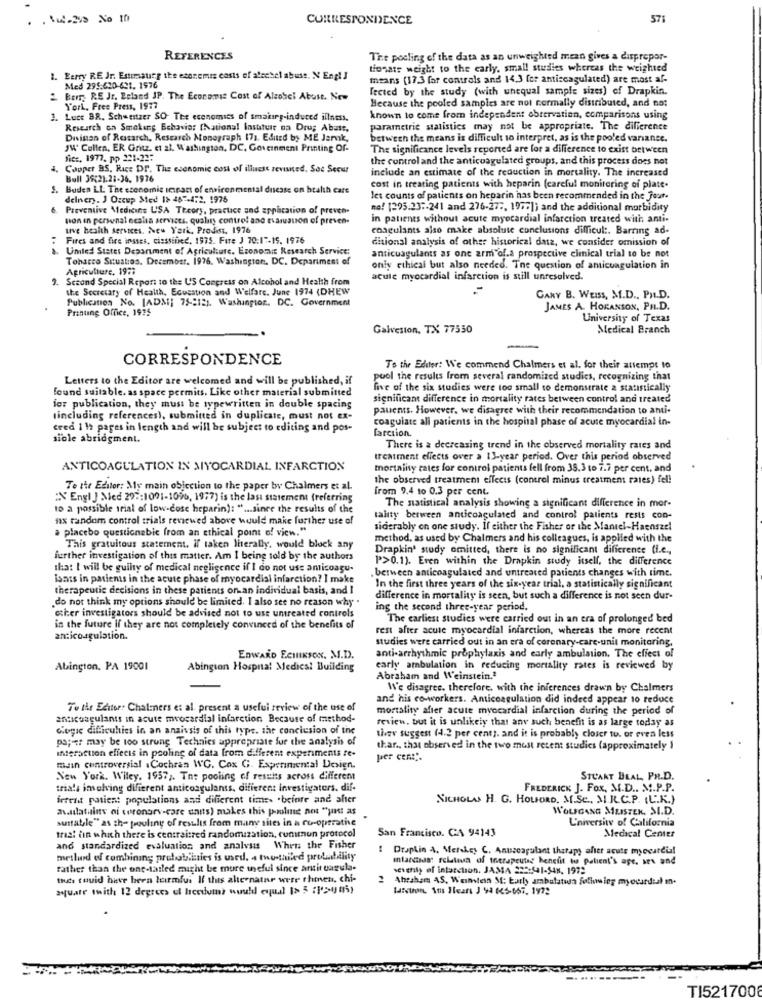
. &w-200 No 1h
CORRESPONDENCE
571
REFERENCES
The pooling of the data as an unweighted mean gives a dispropor-
tionats weight to the carly, small studies whereas the weighted
1. Berry RE Jr. Estimaurg the esoremis costs of atcebel abuse. N Engl J
means (17,3 far contrals and 14,3 for antiscagulated) are most af-
Med 295.620-621. 1976
fected by the study (with unequal sample sizes) of Drapkin.
2 Berry RE Jr. Beland JP. The Economist Cost of Alcohol Abuse. New
Because the pooled samples are not normally distributed, and not
York, Free Press, 1977
1. Luce BR. Schweitzer SO The economics of smaing-induced illness.
known to come from independent obrervation, comparisons using
Research on Smoking Behavior (National Insuture oa Dru; Abast,
parametrie statistics may not be appropriate. The difference
Disinan of Research, Research Monograph 171. Edited by ME Jamk,
between the means is difficult to interpret, as is the pooled variance.
JW' Cullen, ER Gritz. et al. Washington, DC, Government Printing Of-
The significance levels reported are for a difference to exist between
fict, 1972. po 221-22:
the control and the anticoagulated groups, and this process does not
Copper BS. Rice Dr. The economic cost of illuest revised. Soc Secur
include an estimate of the reduction in mortality. The increased
Bull 39:21.21-36. 1976
S. Buden LL. The economic impact of environmental disease on health care
cost in treating patients with heparin (careful monitoring of plate.
delnery. J Occup Med 1> 487-472, 1976
let counts of patients on heparin has been recommended in the Jour.
Preventive Medicine USA Theory, practice and application of preven-
no! [295.23 :- 241 and 276-27 :, 1972]) and the additional morbidity
non in personal ocalia services. quality control and tvarusuon of preven-
in patients without acute myocardial infarction treated with anti-
uve health services. New York, Prodisst, 1976
coagulants also make absolute conclusions difficul :. Barring ad-
Fires and fire insses, cisssined. 1975. Fire J 70:17-15. 1976
ditional analysis of other historical data, we consider omission of
United States Department of Agriculture. Economic Research Service:
Tobacco Situaties. December. 1976. Washington, DC. Depariment of
anticoagulants as one arm of.a prospective clinical trial to be not
Agriculture, 1971
only ethical but also needed. The question of anticuagulation in
2. Second Special Report to the U'S Congress on Alcohol and Health from
acute myocardial infarction is still unresolved.
the Secretary of Health, Ecuestion and Welfare. June 1974 (DHEW
Publication No. ADM] 75-8121. Washington, DC. Government
GANY B. WEISS, M.D ., PH.D.
Printing Office, 1975
JAMES A. HORANSON, PH.D.
University of Texas
Galveston, TX 77550
Medical Branch
-
CORRESPONDENCE
To the Editor: We commend Chalmers et al. for their attempt to
Letters to the Editor are welcomed and will be published, if
pool the results from several randomized studics, recognizing that
found suitable. as space permits. Like other material submitted
five of the six studies were too small to demonstrate a statistically
significant difference in mortality rates between control and treated
for publication, they must be typewritten in double spacing
pauents. However, we disagree with their recommendation to anti-
(including references), submitted in duplicate, must not ex-
coagulate all patients in the hospital phase of acute myocardial in-
ceed 1 12 pages in length and will be subject to editing and pos-
farciion.
sible abridgment.
There is a decreasing trend in the observed mortality rates and
treatment effects over a 13-year period. Over this period observed
ANTICOAGULATION IN MYOCARDIAL INFARCTION
mortality rates for control patients fell from 35.3 to 7.7 per cent, and
the observed treatment effects (control minus treatment rates) fel!
Te the Editor: My main objection to the paper by Chalmers et al.
from 9,4 to 0.3 per cent.
:N Engl J Med 297:1001-1096, 1977) is the last statement (referring
to a possible trial of low-cose heparin): " ... since the results of the
The statistical analysis showing a significant difference in mor-
ax random control trials renewed above would make further use of
tality between anticoagulated and control patients rests con-
placebo questionebic from an ethical point of view."
siderably on one study. If either the Fisher or the Mantel-Haenszel
method, as used by Chalmers and his colleagues, is applied with the
This gratuitous statement. if taken literally, would block any
Drapkin' study omitted, there is no significant difference (i.e .,
further investigation of this matter. Am I being told by the authors
P>0.1). Even within the Drapkin study itself, the difference
that I will be guilty of medical negligence if I do not uss anticoagu-
isass in patients in the acute phase of myocardial infarction? I make
berween anticoagulated and untreated patients changes with time.
therapeutic decisions in these patients on an individual basis, and I
In the first three years of the six-year trial. a statistically significant
do not think my options should be limited. I also see no reason why .
difference in mortality is seen, but such a difference is not seen dur-
ing the second three-year period.
other investigators should be advised not to use umtreated controls
The earliest studies were carried out in an era of prolonged bed
in the future if they are not completely convinced of the benefits of
rest after acute myocardial infarction, whereas the more recent
anticoagulation.
studies were carried out in an era of coronary-care-unit monitoring,
EDWARD ECHIKSON. M.D.
anti-arrhythmic prophylaxis and early ambulation. The effect of
Abington. PA 19001
Abington Hospital Medical Building
early ambulation in reducing mortality rates is reviewed by
Abraham and Weinstein.ª
W'e disagree. therefore, with the inferences drawn by Chalmers
and his co-workers. Anticoagulation did indeed appear to reduce
To the Editor: Chalmers et al. present a useful review of the use of
mortality afier acute myocardial infarction during the period of
anticoagulants in acute myocardial infarction Because of method-
review, but it is unlikely that any such benefit is as large today as
Copic difficulties in an ansivsis of this type. the conclusion of the
pa ;- es may be too strung Technics appropriate fur the analysis of
tivev suggest (4.2 per cent). and it is probably closer to. or even less
thar ., that observed in the two most recent studies (approximately 1
Interaction effects in pooling of data from different experiments re-
per cent".
main controversial .Cochran WC. Cox G. Experimental Design.
New York. Wiley. 1957, Tn: pooling of results across different
STUART DEAL PR.D.
trials involving different anticoagulants, different investigators. dif-
FREDERICK J. FOX, M.D .. M.P.P.
frrent patient populations and different times .before and after
NICHOLAS H. G. HOLFORD. M.SC. M.R.C.P. (L.K.)
avantlatains of coronary-care units) makes this poolme not "unt as
WOLFGANG MEISTER. S.D.
L'niversite of California
suitable" as the pouliny of results from many sites in a ru-operative
San Francisco. CA 94143
tras! in which there is centraisred randomization, commun protocol
Medical Center
and standardized evaluation and analysis Whets the Fisher
Dropkin 4. Merskey C. Anuseapulant therapy aller acute myocardial
method of combining probabilities is used. a monthiled probability
ilandada" relativa of inerapeutag benefit to patient's ape, ar and
rather than the one-tailed might be more useful since antir uarula-
seithly of infarction. JAMA 225:41-548, 1972
but could have been luirmfui If this alternatnr were thenen, chi-
Abraham AS, Weinstein M: Early ambalatin following myocardial in-
aquate with 12 degrees of hicedumt would equal > 5 772085)
Listan Ans Hears ) 94 625-667. 1972
TI521700